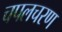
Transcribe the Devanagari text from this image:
चपलचरण